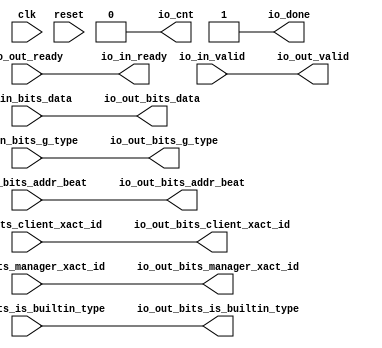
module FlowThroughSerializer(
  input   clk,
  input   reset,
  output  io_in_ready,
  input   io_in_valid,
  input  [2:0] io_in_bits_addr_beat,
  input   io_in_bits_client_xact_id,
  input  [1:0] io_in_bits_manager_xact_id,
  input   io_in_bits_is_builtin_type,
  input  [3:0] io_in_bits_g_type,
  input  [63:0] io_in_bits_data,
  input   io_out_ready,
  output  io_out_valid,
  output [2:0] io_out_bits_addr_beat,
  output  io_out_bits_client_xact_id,
  output [1:0] io_out_bits_manager_xact_id,
  output  io_out_bits_is_builtin_type,
  output [3:0] io_out_bits_g_type,
  output [63:0] io_out_bits_data,
  output  io_cnt,
  output  io_done
);
  assign io_in_ready = io_out_ready;
  assign io_out_valid = io_in_valid;
  assign io_out_bits_addr_beat = io_in_bits_addr_beat;
  assign io_out_bits_client_xact_id = io_in_bits_client_xact_id;
  assign io_out_bits_manager_xact_id = io_in_bits_manager_xact_id;
  assign io_out_bits_is_builtin_type = io_in_bits_is_builtin_type;
  assign io_out_bits_g_type = io_in_bits_g_type;
  assign io_out_bits_data = io_in_bits_data;
  assign io_cnt = 1'h0;
  assign io_done = 1'h1;
endmodule